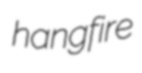
hangfire